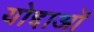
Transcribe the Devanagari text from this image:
योद्दाओं